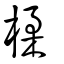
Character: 楺